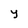
Character: Y